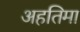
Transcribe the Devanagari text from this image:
अहतिमा